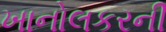
ખાનોલકરની